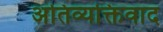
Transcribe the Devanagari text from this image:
अतिव्यक्तिवाद